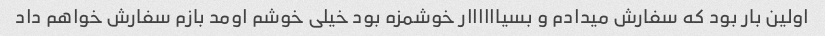
اولین بار بود که سفارش میدادم و بسیاااااار خوشمزه بود خیلی خوشم اومد بازم سفارش خواهم داد